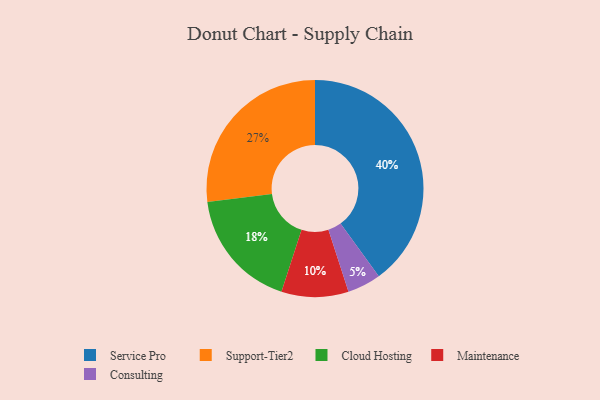
{"axis": {"x": "Category", "y": "Percentage"}, "legend": ["Cloud Hosting", "Consulting", "Maintenance", "Service Pro", "Support-Tier2"], "data": [{"x": "Maintenance", "y": 10, "type": "Maintenance"}, {"x": "Service Pro", "y": 40, "type": "Service Pro"}, {"x": "Support-Tier2", "y": 27, "type": "Support-Tier2"}, {"x": "Cloud Hosting", "y": 18, "type": "Cloud Hosting"}, {"x": "Consulting", "y": 5, "type": "Consulting"}]}